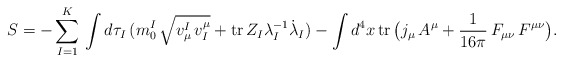
\begin{align*}S=-\sum_{I=1}^K\,\int d\tau_I\,(m^I_0\,\sqrt{v_\mu^I\,v_I^\mu}+{\rm tr}\,Z_I\lambda^{-1}_I{\dot\lambda}_I)-\int d^4x\,{\rm tr}\,\bigl(j_\mu\,A^\mu+{1\over 16\pi}\,F_{\mu\nu}\,F^{\mu\nu}\bigr).\end{align*}